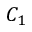
C _ { 1 }